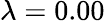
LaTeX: \lambda=0.00